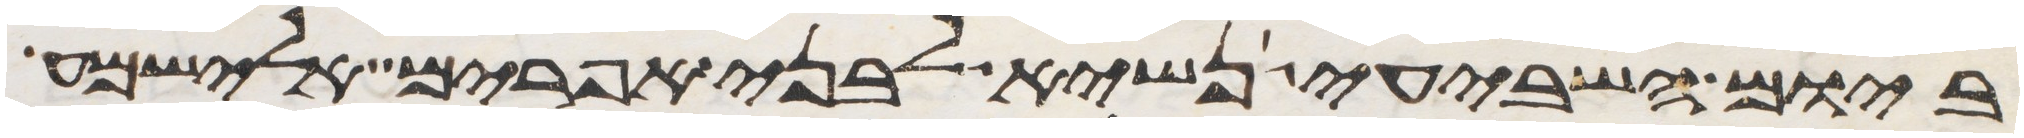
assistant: ביום השביעי נשיא לבני אפרים אלישמע